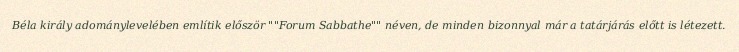
Béla király adománylevelében említik először ""Forum Sabbathe"" néven, de minden bizonnyal már a tatárjárás előtt is létezett.